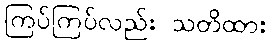
ကြပ်ကြပ်လည်း သတိထား